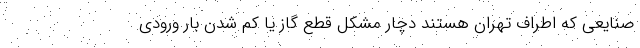
صنایعی که اطراف تهران هستند دچار مشکل قطع گاز یا کم شدن بار ورودی